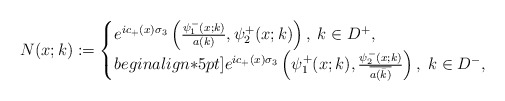
\begin{align*} N(x;k):=\begin{cases} e^{ic_+(x)\sigma_3}\left(\frac{\psi_1^-(x;k)}{a(k)}, \psi_2^+(x;k)\right), \; k\in D^+,\\begin{align*}5pt] e^{ic_+(x)\sigma_3}\left(\psi_1^+(x;k),\frac{\psi_2^-(x;k)}{\overline{a(\bar{k})}}\right), \; k\in D^-, \end{cases} \end{align*}